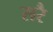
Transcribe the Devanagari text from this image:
सरै